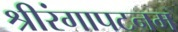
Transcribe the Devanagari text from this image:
श्रीरंगापटनम